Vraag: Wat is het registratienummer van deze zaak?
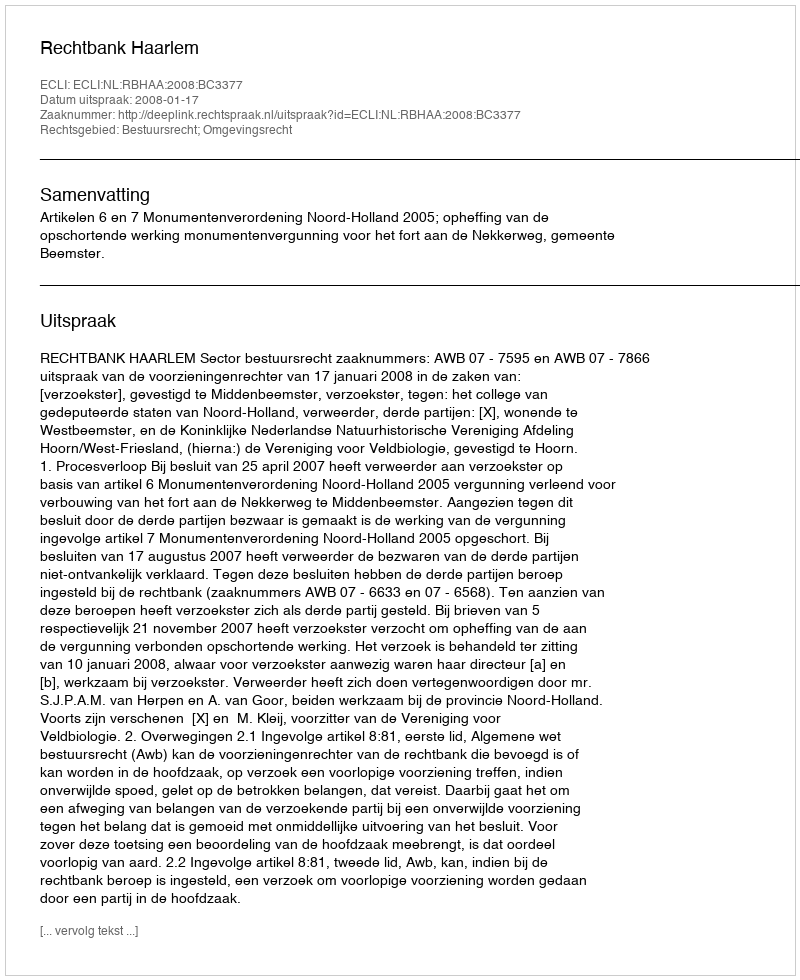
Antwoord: http://deeplink.rechtspraak.nl/uitspraak?id=ECLI:NL:RBHAA:2008:BC3377